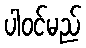
ပါဝင်မည်